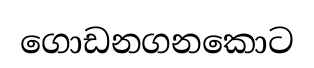
ගොඩනගනකොට